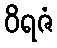
ဝိရဇံ